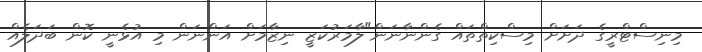
މިނިސްޓްރީގެ ދަށަށް މިސްކިތްތައް ގެންނާނަން"ލާމަރުކަޒީ ނިޒާމަށް އަންނަން މި އުޅެނީ ކޮން ބަދަލެއް